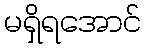
မရှိရအောင်